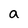
Character: a